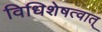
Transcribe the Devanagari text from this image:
विधिशेषत्वात्